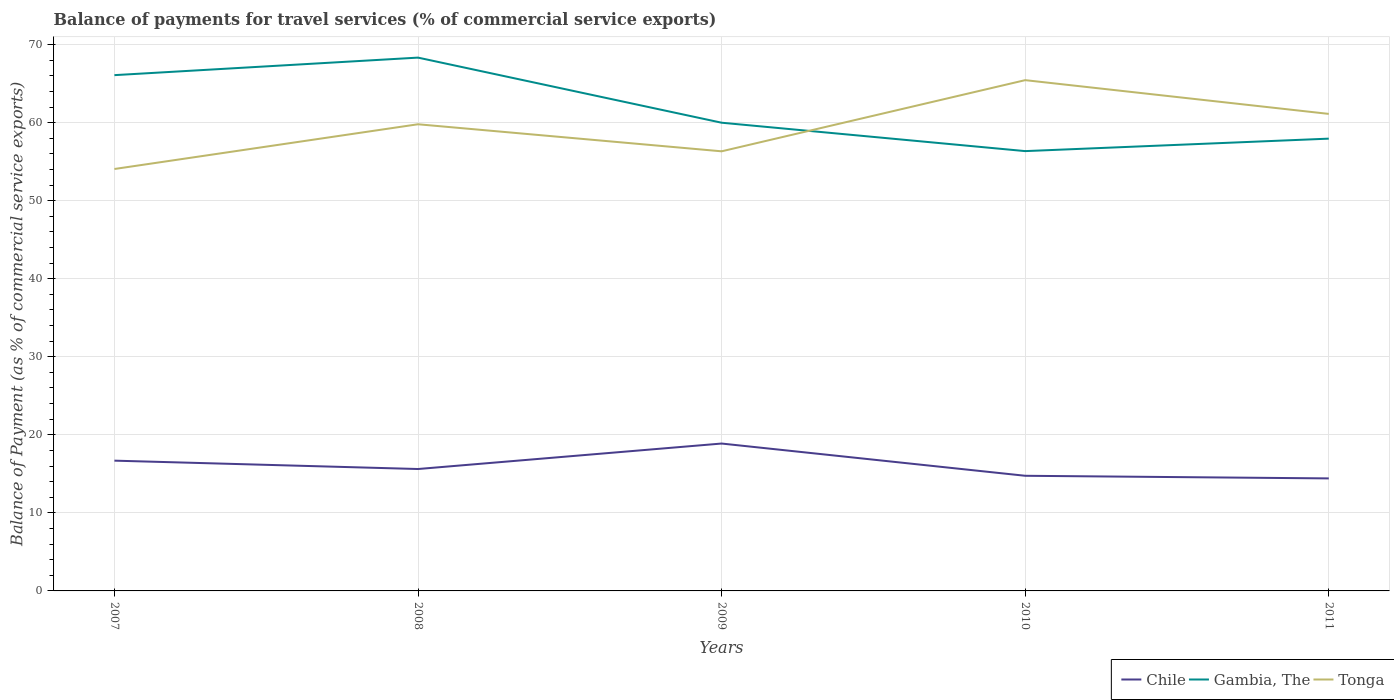
| Years | Chile | Gambia, The | Tonga |
 | --- | --- | --- | --- |
 | 2007 | 16.7 | 66.1 | 54.1 |
 | 2008 | 15.6 | 68.3 | 59.8 |
 | 2009 | 18.9 | 60 | 56.3 |
 | 2010 | 14.8 | 56.4 | 65.4 |
 | 2011 | 14.4 | 57.9 | 61.1 |